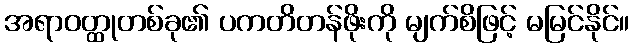
အရာဝတ္ထုတစ်ခု၏ ပကတိတန်ဖိုးကို မျက်စိဖြင့် မမြင်နိုင်။